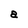
Character: a